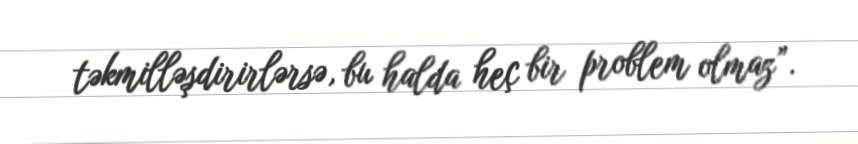
təkmilləşdirirlərsə, bu halda heç bir problem olmaz”.